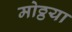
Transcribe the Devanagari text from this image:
मोठ्ठया